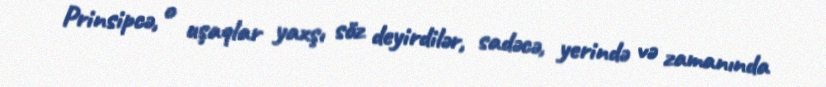
Prinsipcə, o uşaqlar yaxşı söz deyirdilər, sadəcə, yerində və zamanında